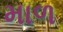
માળ